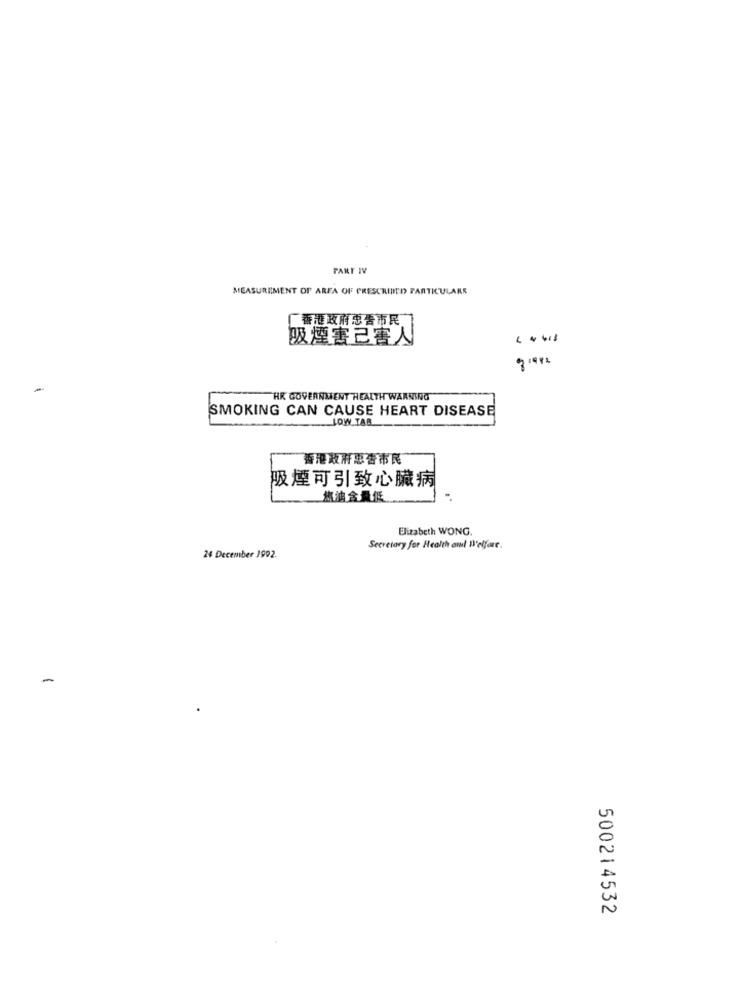
PART IV
MEASUREMENT OF AREA OF PRESCRIBED PARTICULARS
厂香港政府总告市民
吸煙害己害人
HR GOVERNMENT HEALTH WARNING
SMOKING CAN CAUSE HEART DISEASE
LOW TAB
香港政府惠香市民
吸煙可引致心臟病
焦油含量低
Elizabeth WONG.
Secretary for Health and! D'elfor.
24 December 1992.
500214532